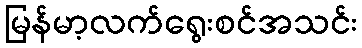
မြန်မာ့လက်ရွေးစင်အသင်း